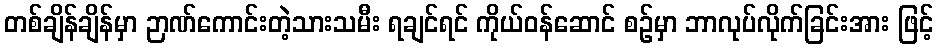
တစ်ချိန်ချိန်မှာ ဉာဏ်ကောင်းတဲ့သားသမီး ရချင်ရင် ကိုယ်ဝန်ဆောင် စဉ်မှာ ဘာလုပ်လိုက်ခြင်းအား ဖြင့်